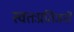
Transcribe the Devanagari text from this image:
स्वतःप्रतिजनों